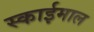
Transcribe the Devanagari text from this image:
स्काईमाल